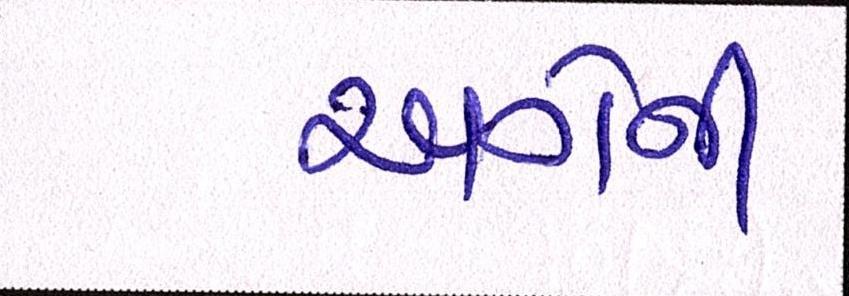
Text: અત્રેની